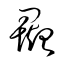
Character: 彘